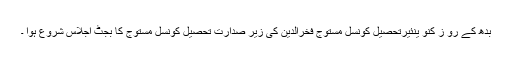
بدھ کے رو ز کنو ینئیرتحصیل کونسل مستوج فخرالدین کی زیر صدارت تحصیل کونسل مستوج کا بجٹ اجلاس شروع ہوا ۔